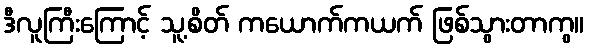
ဒီလူကြီးကြောင့် သူ့စိတ် ကယောက်ကယက် ဖြစ်သွားတာကွ။